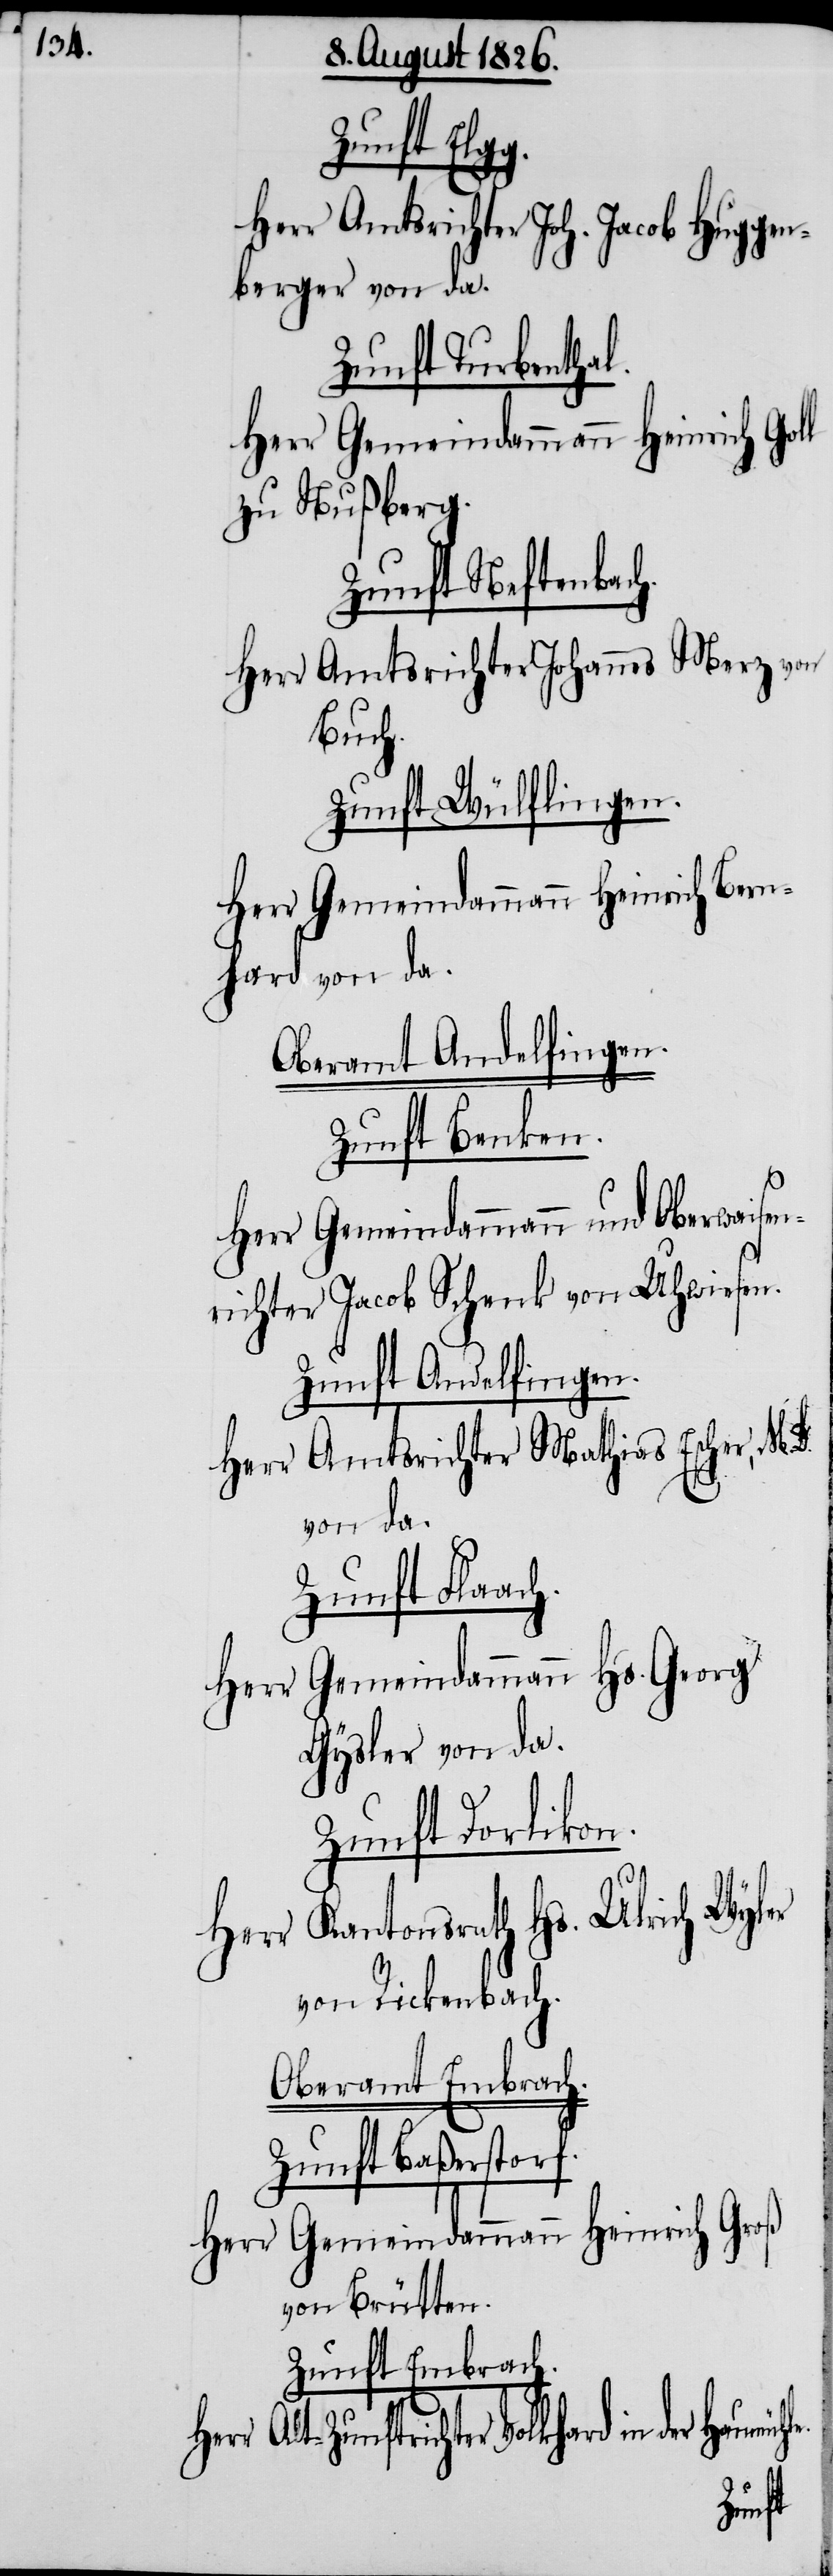
Zunft Elg¬
Herr Amtsrichter Joh. Jacob Huggen¬
berger von da.
Zunft Turbenth¬
zu Nußberg.
Herr Amtsrichter Jo¬
Bernh¬
Zunft Wülfl¬
ard von da.
Oberamt Andelfingen.
Zunft Benken.
Herr Gemeindammann und Ober¬
richter Jacob Schenk von
Zunft Andelfingen.
Herr Amtsrichter Mathias
von da.
Zunft Flaac¬
Herr Gemeindammann Hs. Georg
Gysler von da.
Zunft Dorlikon.
Herr Kantonsrath Hs. Ulri¬
von Rickenbach.
Oberamt Embrac¬
Zunft Baßerstorf.
Herr Gemeindammann Hein¬
von Brütten.
Zunft Embrach.
h.
er

waisen¬